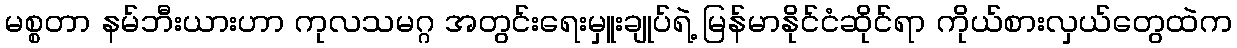
မစ္စတာ နမ်ဘီးယားဟာ ကုလသမဂ္ဂ အတွင်းရေးမှူးချုပ်ရဲ့ မြန်မာနိုင်ငံဆိုင်ရာ ကိုယ်စားလှယ်တွေထဲက